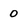
Character: 0